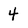
Character: 4